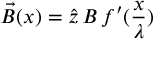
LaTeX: \vec { B } ( x ) = \hat { z } \, B \, f ^ { \prime } ( \frac { x } { \lambda } )